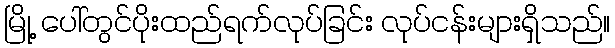
မြို့ ပေါ်တွင်ပိုးထည်ရက်လုပ်ခြင်း လုပ်ငန်းများရှိသည်။